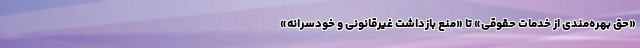
«حق بهره‌مندی از خدمات حقوقی» تا «منع بازداشت غیرقانونی و خودسرانه»